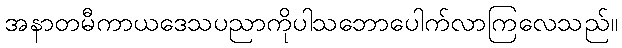
အနာတမီကာယဒေသပညာကိုပါသဘောပေါက်လာကြလေသည်။